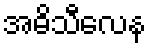
အဓိသီလေန